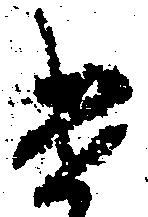
け